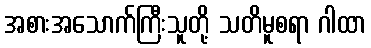
အစားအသောက်ကြီးသူတို့ သတိမူစရာ ဂါထာ